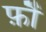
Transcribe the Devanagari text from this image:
फ़ौं